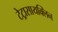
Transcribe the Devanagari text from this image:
टेट्रासायक्लिन